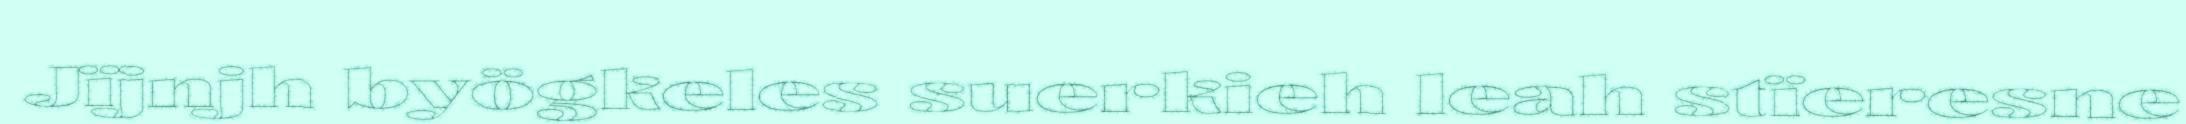
Jïjnjh byögkeles suerkieh leah stïeresne